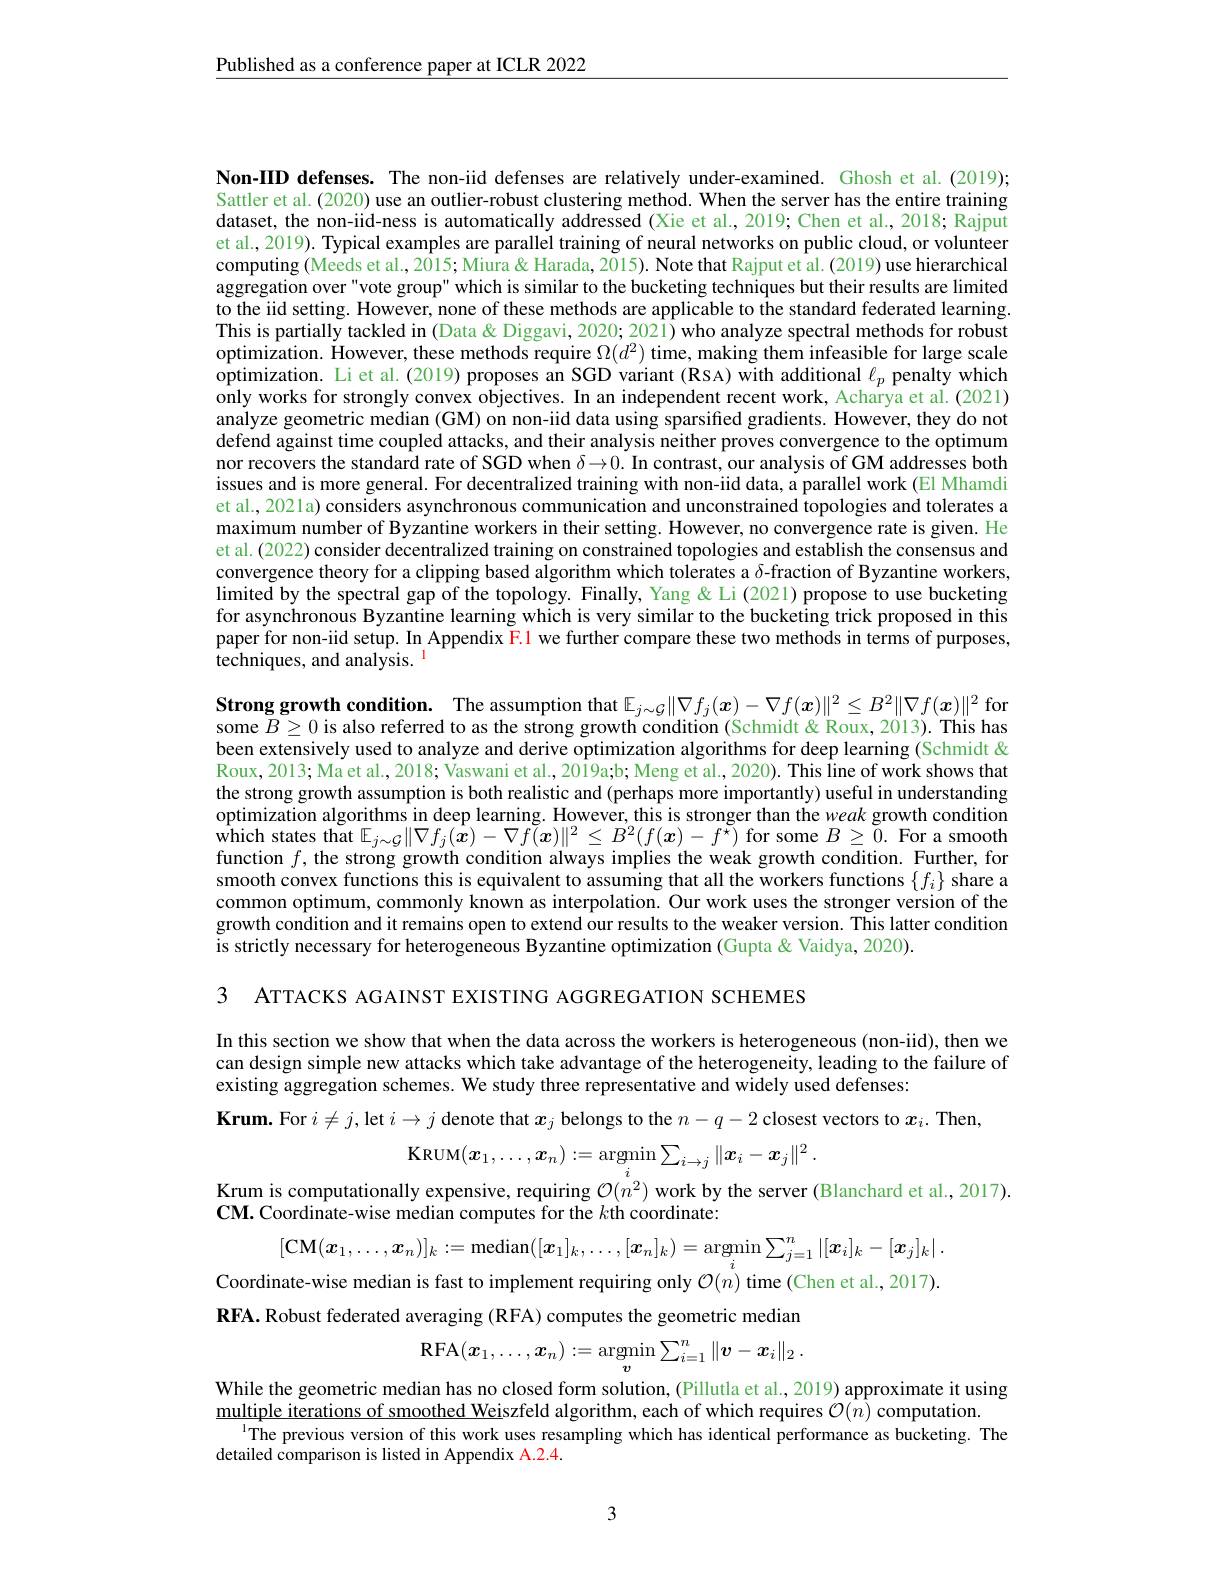
Published as a conference paper at ICLR 2022

Non-IID defenses. The non-iid defenses are relatively under-examined. Ghosh et al.(2019); Sattler et al. (2020) use an outlier-robust clustering method. When the server has the entire training dataset, the non-iid-ness is automatically addressed (Xie et al., 2019; Chen et al., 2018; Rajput et al., 2019). Typical examples are parallel training of neural networks on public cloud, or volunteer computing (Meeds et al., 2015; Miura& Harada, 2015). Note that Rajput et al. (2019) use hierarchical aggregation over"vote group" which is similar to the bucketing techniques but their results are limited to the iid setting. However, none of these methods are applicable to the standard federated learning. This is partially tackled in (Data & Diggavi, 2020; 2021) who analyze spectral methods for robust optimization. However, these methods require $\Omega(d^2)$ time, making them infeasible for large scale optimization. Li et al. (2019) proposes an SGD variant (RSA) with additional $\ell_p$ penalty which only works for strongly convex objectives. In an independent recent work, Acharya et al. (2021) analyze geometric median (GM) on non-iid data using sparsified gradients. However, they do not defend against time coupled attacks, and their analysis neither proves convergence to the optimum nor recovers the standard rate of SGD when $\delta\to0.$ In contrast, our analysis of GM addresses both issues and is more general. For decentralized training with non-iid data, a parallel work (El Mhamdi et al., 2021a) considers asynchronous communication and unconstrained topologies and tolerates a maximum number of Byzantine workers in their setting. However, no convergence rate is given. He et al. (2022) consider decentralized training on constrained topologies and establish the consensus and convergence theory for a clipping based algorithm which tolerates a $\delta$-fraction of Byzantine workers, limited by the spectral gap of the topology. Finally, Yang &Li (2021) propose to use bucketing for asynchronous Byzantine learning which is very similar to the bucketing trick proposed in this paper for non-iid setup. In Appendix F.1 we further compare these two methods in terms of purposes, techniques, and analysis. $^{\mathrm{l}}$

Strong growth condition. The assumption that $\mathbb{E}_{j\sim\mathcal{G}}\|\nabla f_j(x)-\nabla f(x)\|^2\leq B^2\|\nabla f(x)\|^2$ for some $B\geq0$ is also referred to as the strong growth condition (Schmidt&Roux, 2013). This has been extensively used to analyze and derive optimization algorithms for deep learning (Schmidt & Roux, 2013; Ma et al., 2018; Vaswani et al., 2019a;b; Meng et al., 2020). This line of work shows that the strong growth assumption is both realistic and (perhaps more importantly) useful in understanding optimization algorithms in deep learning. However, this is stronger than the weak growth condition $\hat{\text{which states that }\mathbb{E}}_{j\sim\mathcal{G}}\|\nabla f_{j}(\hat{\boldsymbol{x}})-\nabla f(x)\|^{2}\leq B^{2}(f(\boldsymbol{x})-f^{\tilde{\star}})$ for some $B\geq\tilde{0}.$ For a smooth function $f$, the strong growth condition always implies the weak growth condition. Further, for smooth convex functions this is equivalent to assuming that all the workers functions $\{f_i\}$ share a common optimum, commonly known as interpolation. Our work uses the stronger version of the growth condition and it remains open to extend our results to the weaker version. This latter condition is strictly necessary for heterogeneous Byzantine optimization (Gupta &Vaidya, 2020).

3 ATTACKS AGAINST EXISTING AGGREGATION SCHEMES

In this section we show that when the data across the workers is heterogeneous (non-iid), then we can design simple new attacks which take advantage of the heterogeneity, leading to the failure of existing aggregation schemes. We study three representative and widely used defenses:
$\textbf{Krum.  For }i\neq j$,let $i\to j$ denote that $x_j$ belongs to the $n-q-2$ closest vectors to $x_i.$ Then,
$$\mathrm{KRUM}(\boldsymbol{x}_{1},\ldots,\boldsymbol{x}_{n}):=\operatorname*{argmin}_{i}\sum_{i\to j}\|\boldsymbol{x}_{i}-\boldsymbol{x}_{j}\|^{2}\:.$$
Krum is computationally expensive, requiring $\mathcal{O}(n^2)$ work by the server (Blanchard et al., 2017).

CM. Coordinate-wise median computes for the $k$th coordinate:
$$[\mathrm{CM}(\boldsymbol{x}_{1},\ldots,\boldsymbol{x}_{n})]_{k}:=\mathrm{median}([\boldsymbol{x}_{1}]_{k},\ldots,[\boldsymbol{x}_{n}]_{k})=\mathrm{argmin}\sum_{j=1}^{n}\left|[\boldsymbol{x}_{i}]_{k}-[\boldsymbol{x}_{j}]_{k}\right|.\\\text{nate-wise median is fast to implement requiring only }\mathcal{O}(n)\text{ time (Chen et al., 2017).}$$
$\mathbf{RFA.~Robust~federated~averaging~(RFA)~computes~the~geometric~median}$
$$\mathrm{RFA}(\boldsymbol{x}_{1},\ldots,\boldsymbol{x}_{n}):=\operatorname*{argmin}_{\boldsymbol{v}}\sum_{i=1}^{n}\|\boldsymbol{v}-\boldsymbol{x}_{i}\|_{2}\:.$$
While the geometric median has no closed form solution, (Pillutla et al., 2019) approximate it using
$\frac{\text{multiple iterations of smoothed Weiszfeld algorithm, each of which requires }\mathcal{O}(\bar{n})}$ computation.
The previous version of this work uses resampling which has identical performance as bucketing. The
detailed comparison is listed in Appendix A.2.4.

3